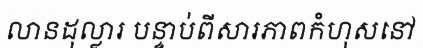
លានដុល្លារ បន្ទាប់ពីសារភាពកំហុសនៅ